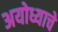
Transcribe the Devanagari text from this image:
अयोध्याचे